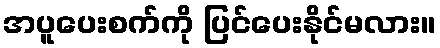
အပူပေးစက်ကို ပြင်ပေးနိုင်မလား။